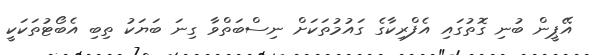
އޭޕީން ބުނި ގޮތުގައި އެފްރިކާގެ ގައުމުތަކަށް ނިސްބަތްވާ ގިނަ ބަޔަކު ތިބި އެބޯޓުތަކަކީ